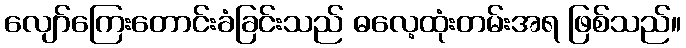
လျော်ကြေးတောင်းခံခြင်းသည် ဓလေ့ထုံးတမ်းအရ ဖြစ်သည်။